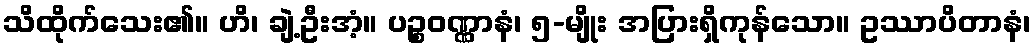
သိထိုက်သေး၏။ ဟိ၊ ချဲ့ဦးအံ့။ ပဉ္စဝဏ္ဏာနံ၊ ၅-မျိုး အပြားရှိကုန်သော။ ဥဿာပိတာနံ၊